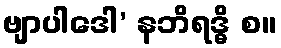
ဗျာပါဒေါ’ နဘိရဒ္ဓိ စ။